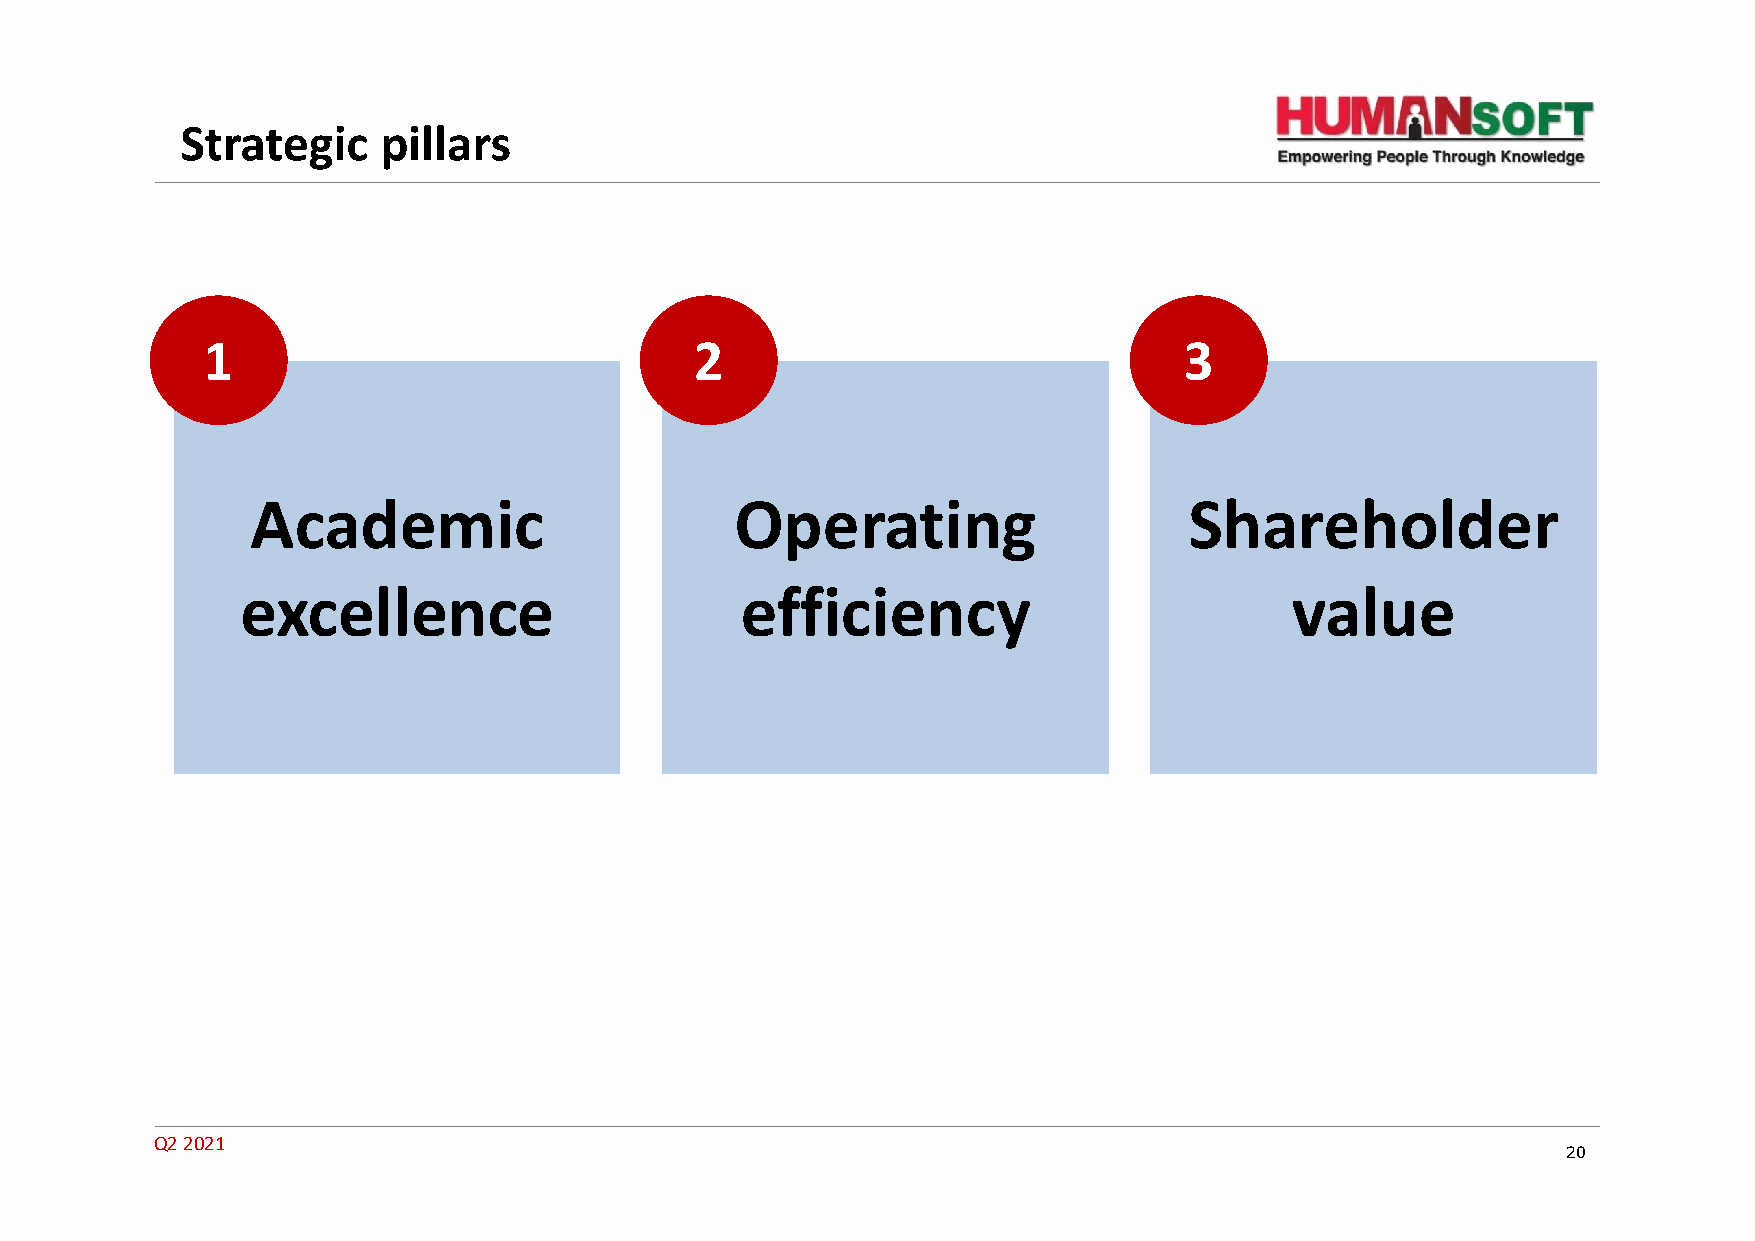
Strategic    pillars
 1                                2                               3
 Academic                        Operating                     Shareholder
 excellence                       efficiency                          value
 Q2 2021
 20